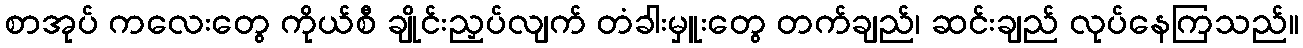
စာအုပ် ကလေးတွေ ကိုယ်စီ ချိုင်းညှပ်လျက် တံခါးမှူးတွေ တက်ချည်၊ ဆင်းချည် လုပ်နေကြသည်။